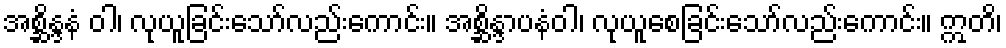
အစ္ဆိန္ဒနံ ဝါ၊ လုယူခြင်းသော်လည်းကောင်း။ အစ္ဆိန္ဒာပနံဝါ၊ လုယူစေခြင်းသော်လည်းကောင်း။ ဣတိ၊